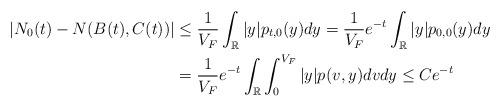
LaTeX: \begin{align*} |N_0(t)-N(B(t),C(t))|&\leq\frac{1}{V_F}\int_{\mathbb{R}}|y|p_{t,0}(y)dy=\frac{1}{V_F}e^{-t}\int_{\mathbb{R}}|y|p_{0,0}(y)dy\\&=\frac{1}{V_F}e^{-t}\int_{\mathbb{R}}\int_{0}^{V_F}|y|p_{}(v,y)dvdy\leq Ce^{-t}\end{align*}